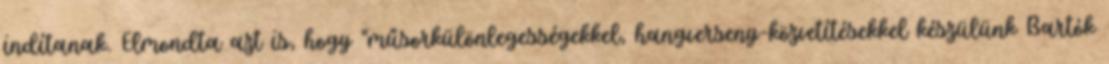
indítanak. Elmondta azt is, hogy "műsorkülönlegességekkel, hangverseny-közvetítésekkel készülünk Bartók